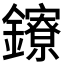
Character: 𨯈